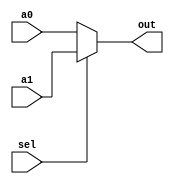
/*
   Assignment No. - 7
   KGP-RISC
   Semester - 5 (Autumn 2021-22)
   Group No. - 30
   Group Members - Ashutosh Kumar Singh (19CS30008) & Vanshita Garg (19CS10064)
*/

`timescale 1ns / 1ps

// A 2x1 mux with 1-bit output
module mux_1b_2_1 (
    input a0, 
    input a1, 
    input sel, 
    output out
);
    
    assign out = (sel) ? a1 : a0;

endmodule